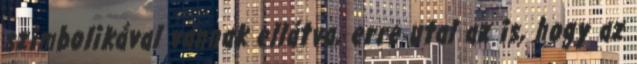
szimbolikával vannak ellátva, erre utal az is, hogy az